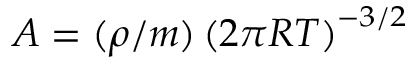
A = ( { \rho } / { m } ) \left( { 2 \pi R T } \right) ^ { - 3 / 2 }